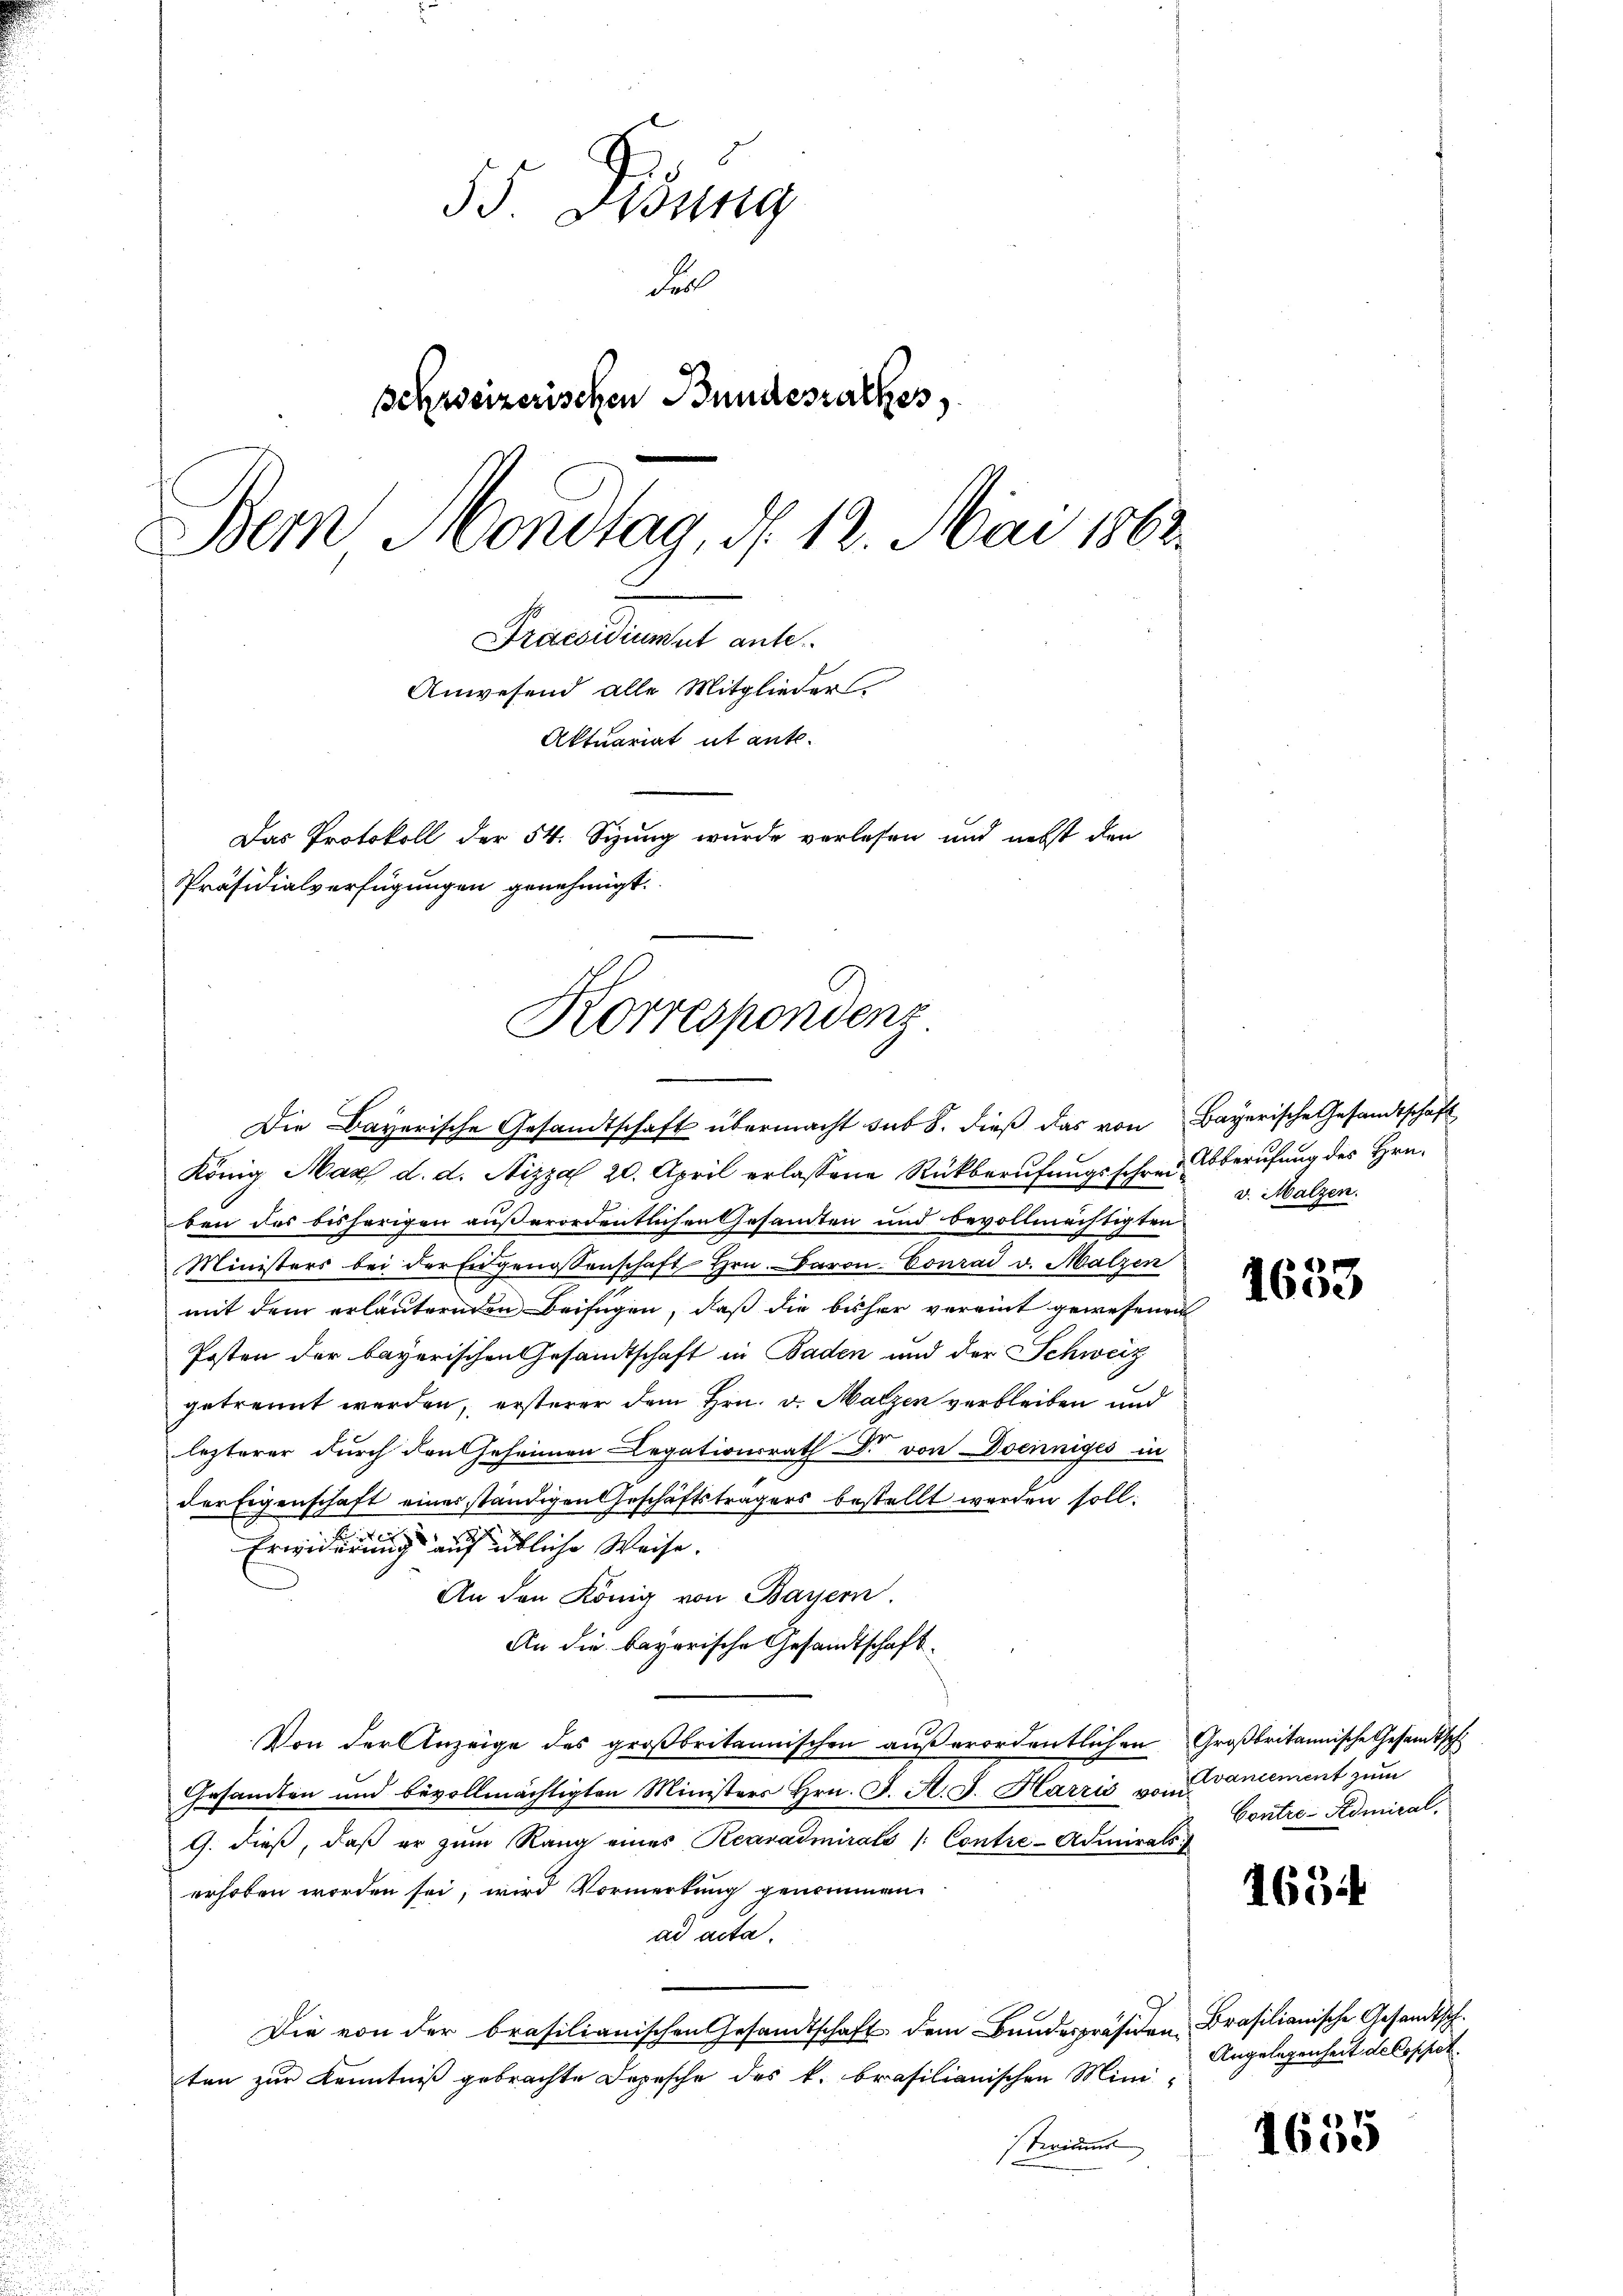
55. Ordung
Fall
schweizerischen Bundesrathes,
Dem Mondtag, d. 12. Mai 1862
Präcedient aute
Anwesend alle Mitglieders
Aktuariat ut ante.
Das Protokoll der 54. Sizung wurde verlesen und nebst den
Präsidialverfügungen genehmigt.

Korrespondenz

Die Bayerische Gesandtschaft übermacht sub 8. dieß das von Bayerische Gesandtschaft
König Max d. d. Nizza 20. April erlassene Rückberufungsschreiben des bisherigen außerordentlichen Gesamten und bevollmächtigten
Ministers bei der Eingenossenschaft Hrn. Baron Conrad v. Malzen
mit dem erläuternden Beifügen, daß die bisher vereint gewesenen
Posten der bayerischen Gesandtschaft in Baden und der Schweiz
getrennt werden, ersterer dem Hrn. v. Malzen verbleiben und
lezterer durch den Geheimen Legationsrath Dr. von Doenniges in
der Eigenschaft eines ständigen Geschäftsträgers bestellt werden soll.
n
Erwiderung auf übliche Weise.
An den König von Bayern.
An die bayerische Gesandtschaft¬
Von der Anzeige des großbritannischen außerordentlichen Großbritannische Gesamtsch
Gesamten und bevollmächtigten Ministers Hrn. J. A. G. Harzis von vancement zum
G. dieß, daß er zum Rang eines Rearadmirats (Contre-Admirals
erhoben worden sei, wird Vormerkung genommen
ad acta.
Die von der brasilianischen Gesandtschaft dem Bundespräsiden Brasilianische Gesandtschten zur Kenntniß gebrachte Depesche des k. brasilianischen Mini-
steriums

Abberufung des Hrn.
v. Malzen.

4
1600

Contre-Admiral.

1634

Angelegenheit de Coppet

1635